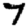
Digit: 7